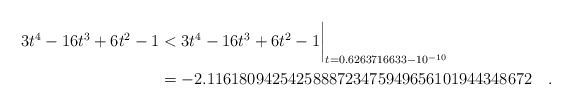
\begin{align*} 3t^4-16t^3+6t^2-1 & < 3t^4-16t^3+6t^2-1\biggr\rvert_{t=0.6263716633 - 10^{-10}} \\& = -2.1161809425425888723475949656101944348672\quad . \end{align*}